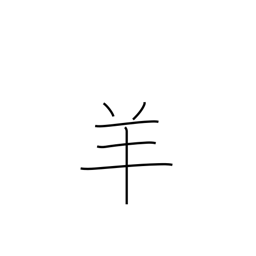
Meaning: sheep